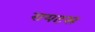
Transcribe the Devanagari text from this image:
रायटस